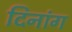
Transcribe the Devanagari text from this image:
दिनांग